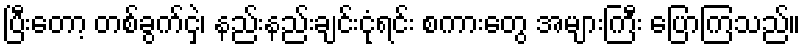
ပြီးတော့ တစ်ခွက်ငှဲ့၊ နည်းနည်းချင်းငုံရင်း စကားတွေ အများကြီး ပြောကြသည်။